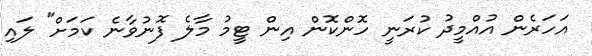
އަހަރެން އުއްމީދު ކުރަނީ ހޮންކޮން އިން ޓީމު މާލެ ފޮނުވާނެ ކަމަށް" ލައި